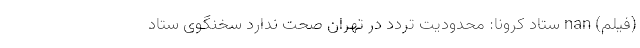
(فیلم) nan ستاد کرونا: محدودیت تردد در تهران صحت ندارد سخنگوی ستاد